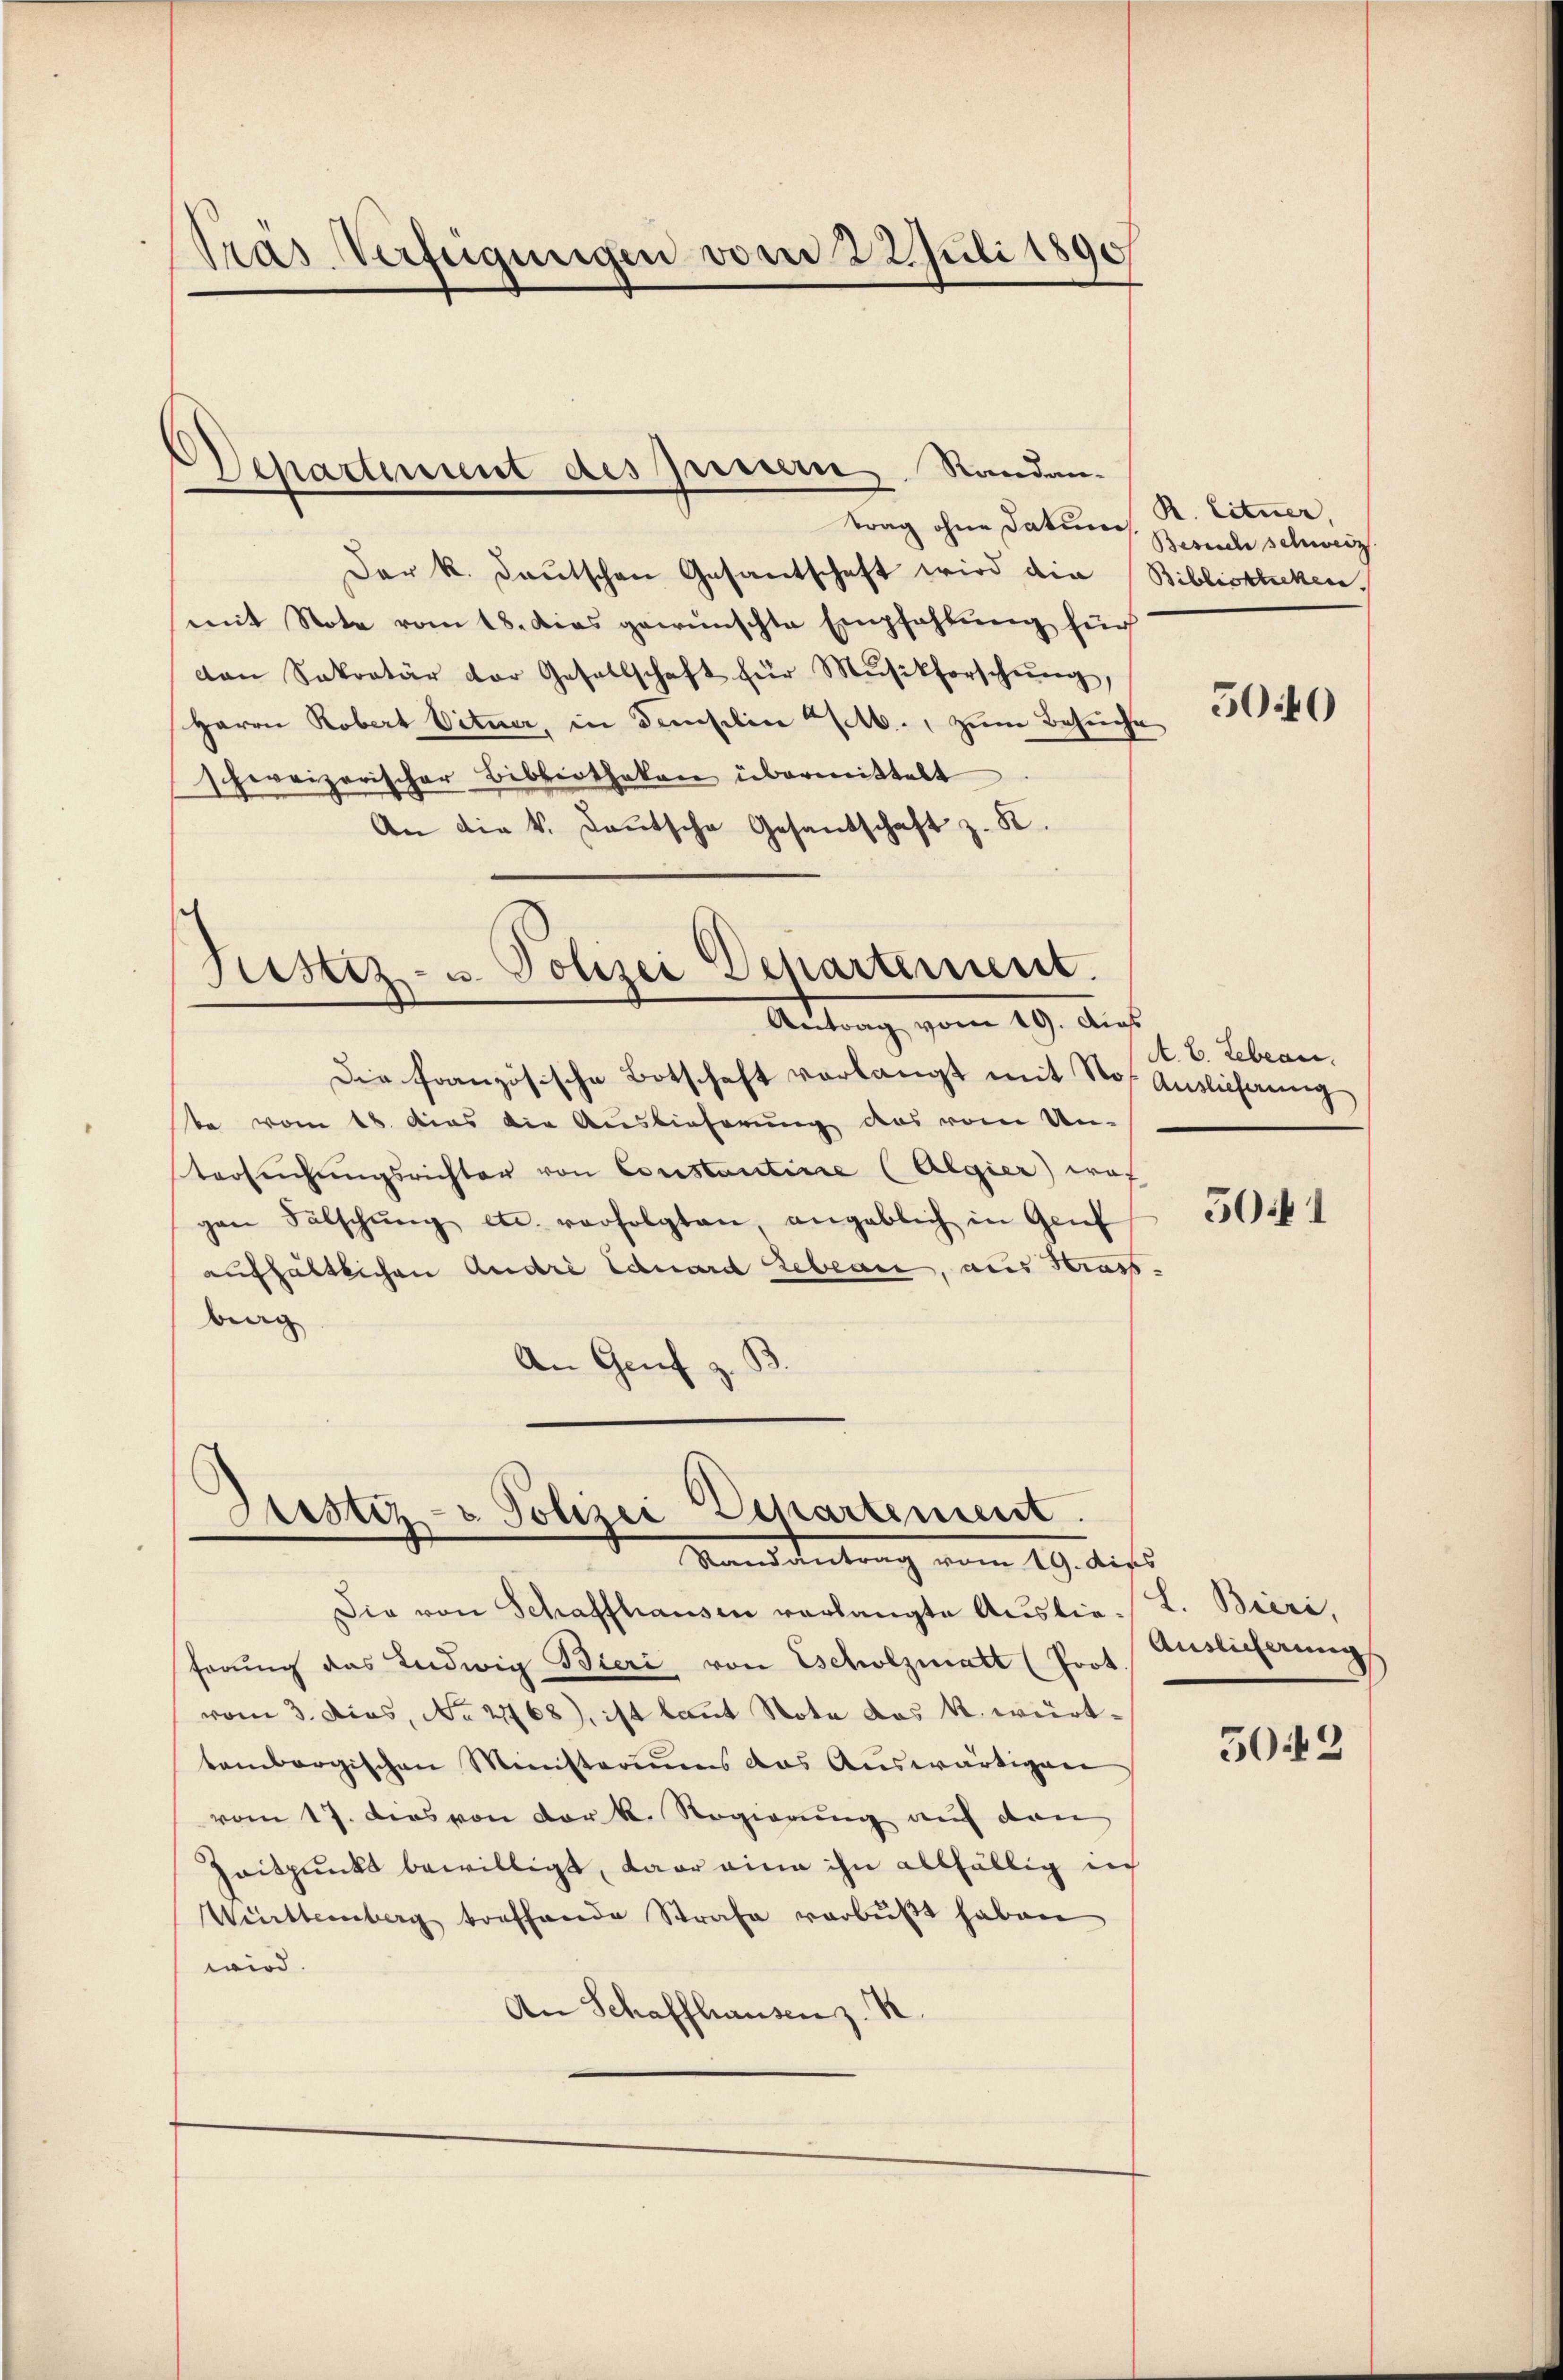
Tras Verfügungen vom 22. Juli 1890

Departement des Innern, Standen.

trag ohne Datum
Der k. Deutschen Gesantschaft wird die Bibliotheken.
mit Note vom 18. dies gewünschte Empfahlŭng für
van Sekretär der Gesellschaft für Mŭsikforschŭng,
Herrn Robert Vitner, in demselin 2. zum Besuche
schweizerischer Bibliotheken übermittelt
An die k. Laŭtsche Gesandschaft z. K.

Justiz- u. Polizei Departement.
Antrag, vom 29. Aus

Justiz- & Polizei Departement.
Mandantung vom 19. Aufs

Die französische Botschaft vorlangt mit Stoß Auslieferŭng
te vom 18. dies die Auslieferung das vom Un-
tersŭchŭngsrichter von Constantire (Algier) wof
gen Fälschŭng etc. verfolgten angeblich in Gant
aufhältlichen Andre Eduard geben, aus Strass
ing
An Genf z.

Die von Schaffhausen verlangte Auslie- L. Bieri,
ferung das Ludwig Bieri von Escholzmatt (Prot.
vom 3. dies, No 2768), ist laut Note das k. württembergischen Ministeriums das Auswärtigen
vom 17. dies von der k. Regierung auf den
Zaitpunkt bewilligt, war eine ihn allfällig in
Witternberg treffende Strafe verbüßt haben
wird.
An Schaffhausen z. R.

R. Liturer,
Besuch schweiz.

5040

A. E. Lebean

501

Auslicherung

5042